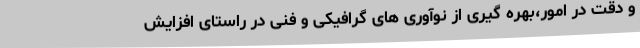
و دقت در امور،بهره گیری از نوآوری های گرافیکی و فنی در راستای افزایش